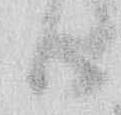
候